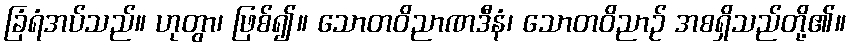
ခြံရံအပ်သည်။ ဟုတွာ၊ ဖြစ်၍။ သောတဝိညာဏဒီနံ၊ သောတဝိညာဉ် အစရှိသည်တို့၏။